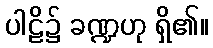
ပါဠိ၌ ခဏ္ဍဟု ရှိ၏။